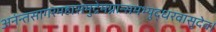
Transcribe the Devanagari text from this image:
अनंन्तसागरमहासमुद्रेमग्नान्समभ्युद्धरवासुदेव।